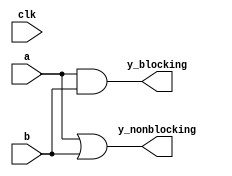
module delay_example (
    input wire clk,
    input wire a,
    input wire b,
    output reg y_blocking,
    output reg y_nonblocking
);

// Combinational logic with blocking assignment
always @(a or b) begin
    #5 y_blocking = a & b; // 5-time unit delay
end

// Combinational logic with non-blocking assignment
always @(a or b) begin
    #5 y_nonblocking <= a | b; // 5-time unit delay
end

endmodule